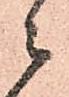
ニ